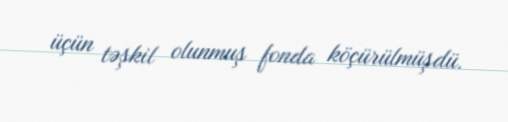
üçün təşkil olunmuş fonda köçürülmüşdü.